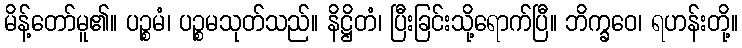
မိန့်တော်မူ၏။ ပဉ္စမံ၊ ပဉ္စမသုတ်သည်။ နိဋ္ဌိတံ၊ ပြီးခြင်းသို့ရောက်ပြီ။ ဘိက္ခဝေ၊ ရဟန်းတို့။